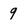
Character: 9